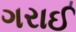
ગરાઈ